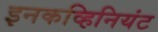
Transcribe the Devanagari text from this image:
इनकव्हिनियंट